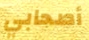
أصحابي